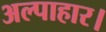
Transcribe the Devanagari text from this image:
अल्पाहार।